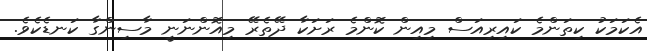
އެކަމަކު ކިތަންމެ ކައިރިއަސް މިއިން ކޮންމެ ރަށަކާ ދޭތެރޭ މިއޮންނަނީ މާސިންގާ ކަނޑެކެވެ.